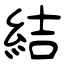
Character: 結